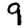
Digit: 9